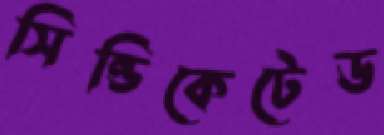
সিন্ডিকেটেড